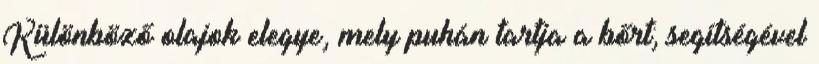
Különböző olajok elegye, mely puhán tartja a bőrt; segítségével